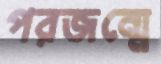
পরজন্মে